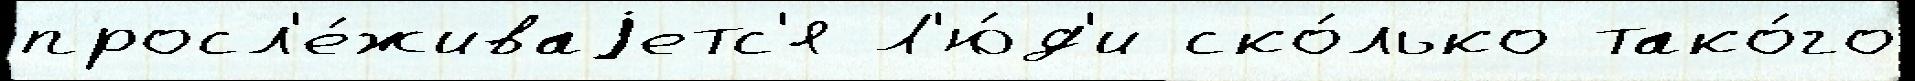
просл'е́живаjетс'я Л'ю́д'и ско́лько тако́го